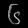
Digit: ၆